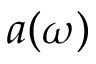
a ( \omega )